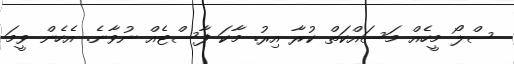
ސްލޯ މީހެއް މަސައްކަތް ކުރާ އިރު. މާކަ ފާސްޓެއް ނުވާނެ. އެހެން ވީމަ